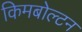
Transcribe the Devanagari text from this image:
किमबोल्टन